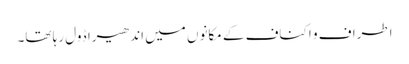
اطراف و اکناف کے مکانوں میں اندھیرا ڈول رہا تھا۔